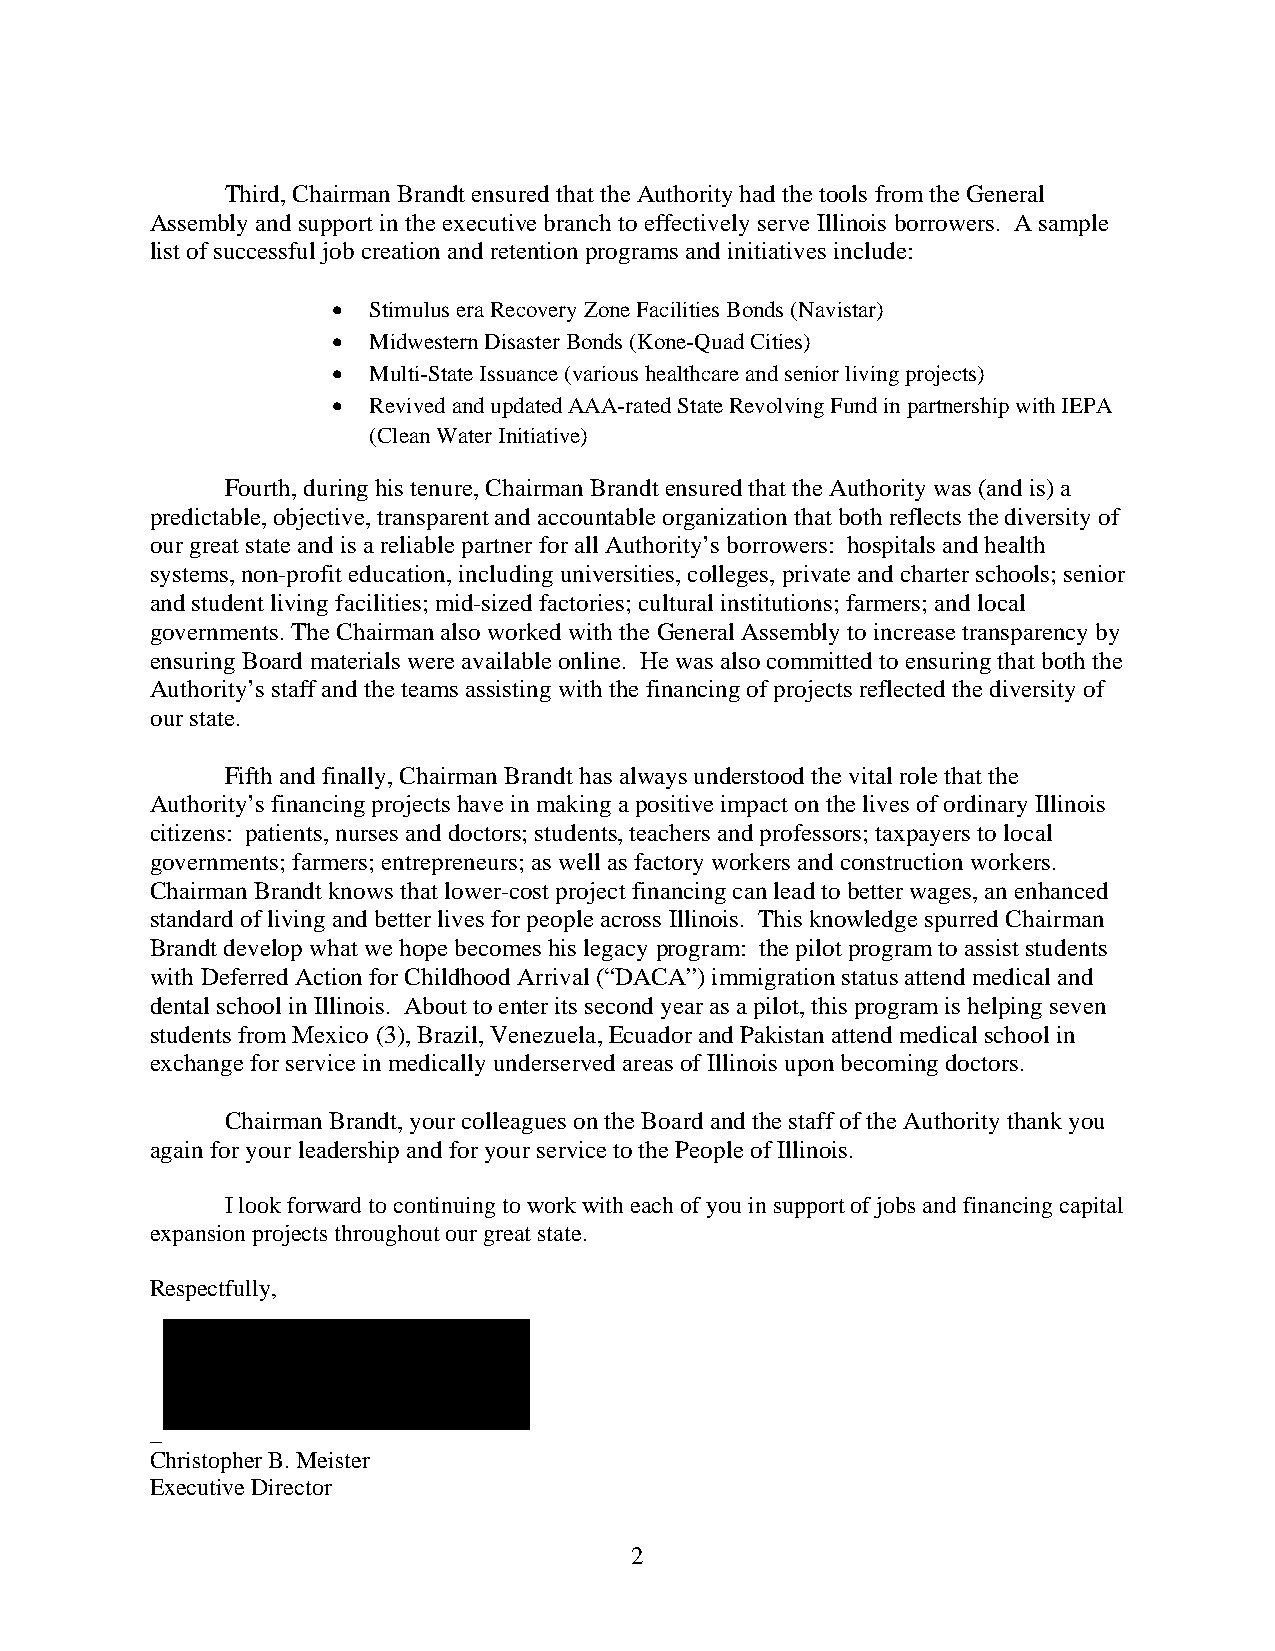
Third, Chairman Brandt ensured that the Authority had the tools from the General
 Assembly and support in the executive branch to effectively serve Illinois borrowers. A sample
 list of successful job creation and retention programs and initiatives include:
  Stimulus era Recovery Zone Facilities Bonds (Navistar)
  Midwestern Disaster Bonds (Kone-Quad Cities)
  Multi-State Issuance (various healthcare and senior living projects)
  Revived and updated AAA-rated State Revolving Fund in partnership with IEPA
 (Clean Water Initiative)
 Fourth, during his tenure, Chairman Brandt ensured that the Authority was (and is) a
 predictable, objective, transparent and accountable organization that both reflects the diversity of
 our great state and is a reliable partner for all Authority’s borrowers: hospitals and health
 systems, non-profit education, including universities, colleges, private and charter schools; senior
 and student living facilities; mid-sized factories; cultural institutions; farmers; and local
 governments. The Chairman also worked with the General Assembly to increase transparency by
 ensuring Board materials were available online. He was also committed to ensuring that both the
 Authority’s staff and the teams assisting with the financing of projects reflected the diversity of
 our state.
 Fifth and finally, Chairman Brandt has always understood the vital role that the
 Authority’s financing projects have in making a positive impact on the lives of ordinary Illinois
 citizens: patients, nurses and doctors; students, teachers and professors; taxpayers to local
 governments; farmers; entrepreneurs; as well as factory workers and construction workers.
 Chairman Brandt knows that lower-cost project financing can lead to better wages, an enhanced
 standard of living and better lives for people across Illinois. This knowledge spurred Chairman
 Brandt develop what we hope becomes his legacy program: the pilot program to assist students
 with Deferred Action for Childhood Arrival (“DACA”) immigration status attend medical and
 dental school in Illinois. About to enter its second year as a pilot, this program is helping seven
 students from Mexico (3), Brazil, Venezuela, Ecuador and Pakistan attend medical school in
 exchange for service in medically underserved areas of Illinois upon becoming doctors.
 Chairman Brandt, your colleagues on the Board and the staff of the Authority thank you
 again for your leadership and for your service to the People of Illinois.
 I look forward to continuing to work with each of you in support of jobs and financing capital
 expansion projects throughout our great state.
 Respectfully,
 _
 Christopher B. Meister
 Executive Director
 2